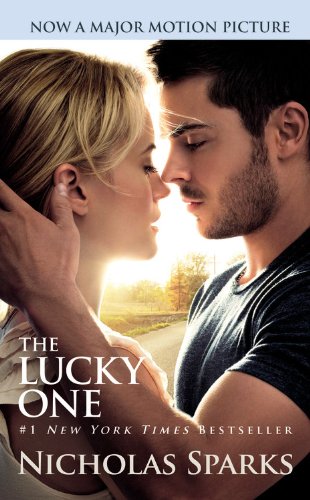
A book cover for The Lucky One; Nicholas Sparks; Romance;